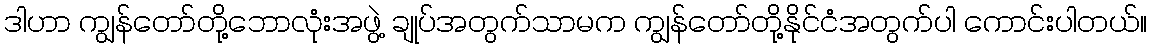
ဒါဟာ ကျွန်တော်တို့ဘောလုံးအဖွဲ့ ချုပ်အတွက်သာမက ကျွန်တော်တို့နိုင်ငံအတွက်ပါ ကောင်းပါတယ်။